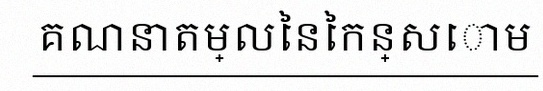
គណនាតម្លៃនៃកន្សោម